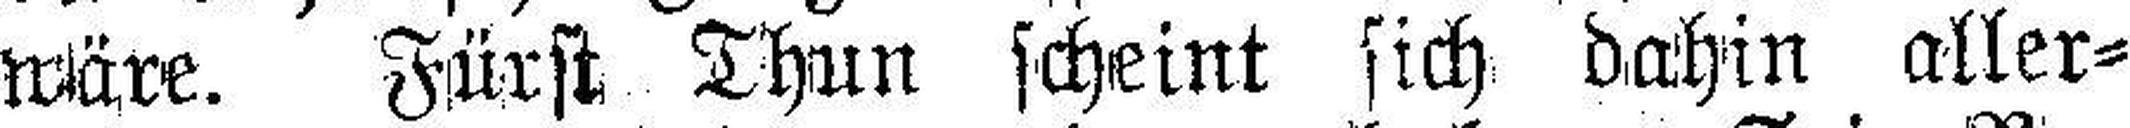
wäre. Fürst Thun scheint sich dahin aller¬